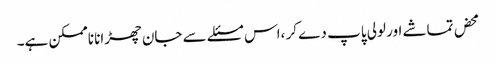
محض تماشے اور لولی پاپ دے کر ،اس مسئلے سے جان چھڑانا ناممکن ہے۔